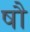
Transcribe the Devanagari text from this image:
षौ